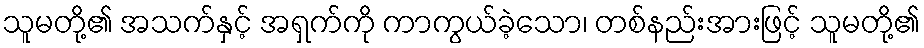
သူမတို့၏ အသက်နှင့် အရှက်ကို ကာကွယ်ခဲ့သော၊ တစ်နည်းအားဖြင့် သူမတို့၏